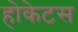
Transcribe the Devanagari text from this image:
होकेटस